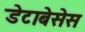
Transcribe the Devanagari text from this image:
डेटाबेसेस